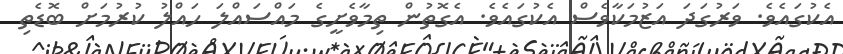
އެކުގައެވެ. ވަރުގަދަ އަޒުމަކާވެސް އެކުގައެވެ. އެގޮތުން ތިމާވެށީގެ މައްސައްލަ ހައްލު ކުރުމަށް ބޮޑެތި